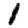
Digit: 1